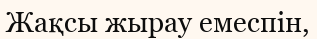
Жақсы жырау емеспін,